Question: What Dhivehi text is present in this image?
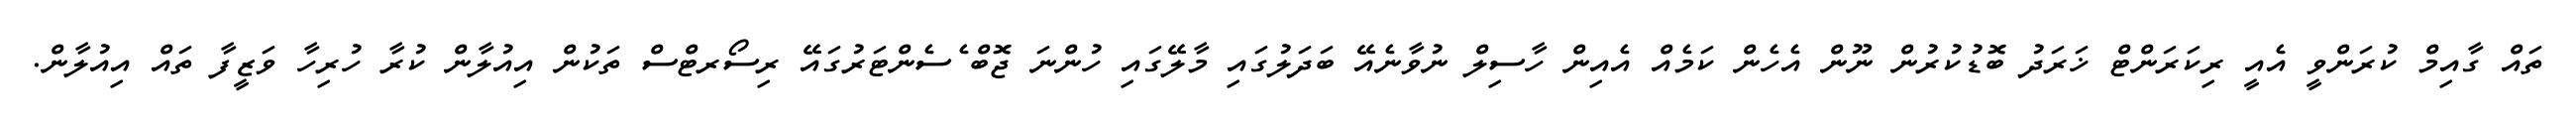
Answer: ތައް ގާއިމް ކުރަންވީ އެއީ ރިކަރަންޓް ޚަރަދު ބޮޑުކުރުން ނޫން އެހެން ކަމެއް އެއިން ހާސިލް ނުވާނެއޭ ބަދަލުގައި މާލޭގައި ހުންނަ ޖޮބް ެސެންޓަރުގައޭ ރިސޯރޓްސް ތަކުން އިއުލާން ކުރާ ހުރިހާ ވަޒީފާ ތައް އިއުލާން.